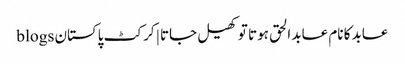
عابد کا نام عابد الحق ہوتا تو کھیل جاتا | کرکٹ پاکستان blogs